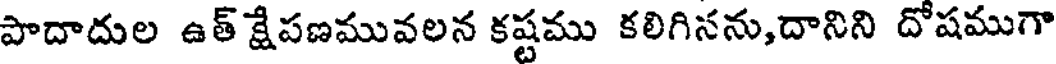
పాదాదుల ఉత్ క్షేపణమువలన కష్టము కలిగినను,దానిని దోషముగా